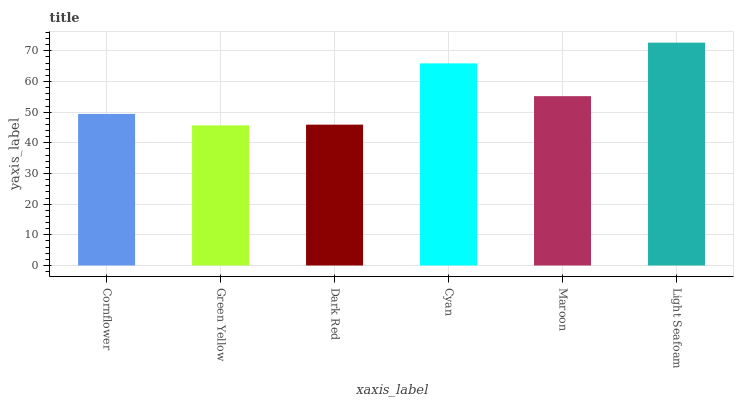
| xaxis_label | bars |
 | --- | --- |
 | Cornflower | 49.4 |
 | Green Yellow | 45.7 |
 | Dark Red | 45.9 |
 | Cyan | 65.9 |
 | Maroon | 55.2 |
 | Light Seafoam | 72.7 |